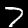
Digit: 7